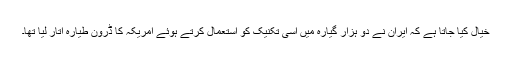
خیال کیا جاتا ہے کہ ایران نے دو ہزار گیارہ میں اسی تکنیک کو استعمال کرتے ہوئے امریکہ کا ڈرون طیارہ اتار لیا تھا۔